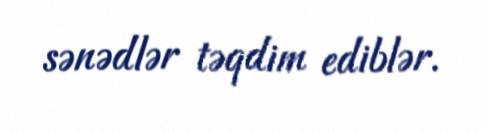
sənədlər təqdim ediblər.